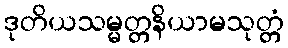
ဒုတိယသမ္မတ္တနိယာမသုတ္တံ